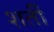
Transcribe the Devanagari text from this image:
शर्ती